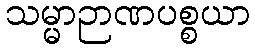
သမ္မာဉာဏပစ္စယာ